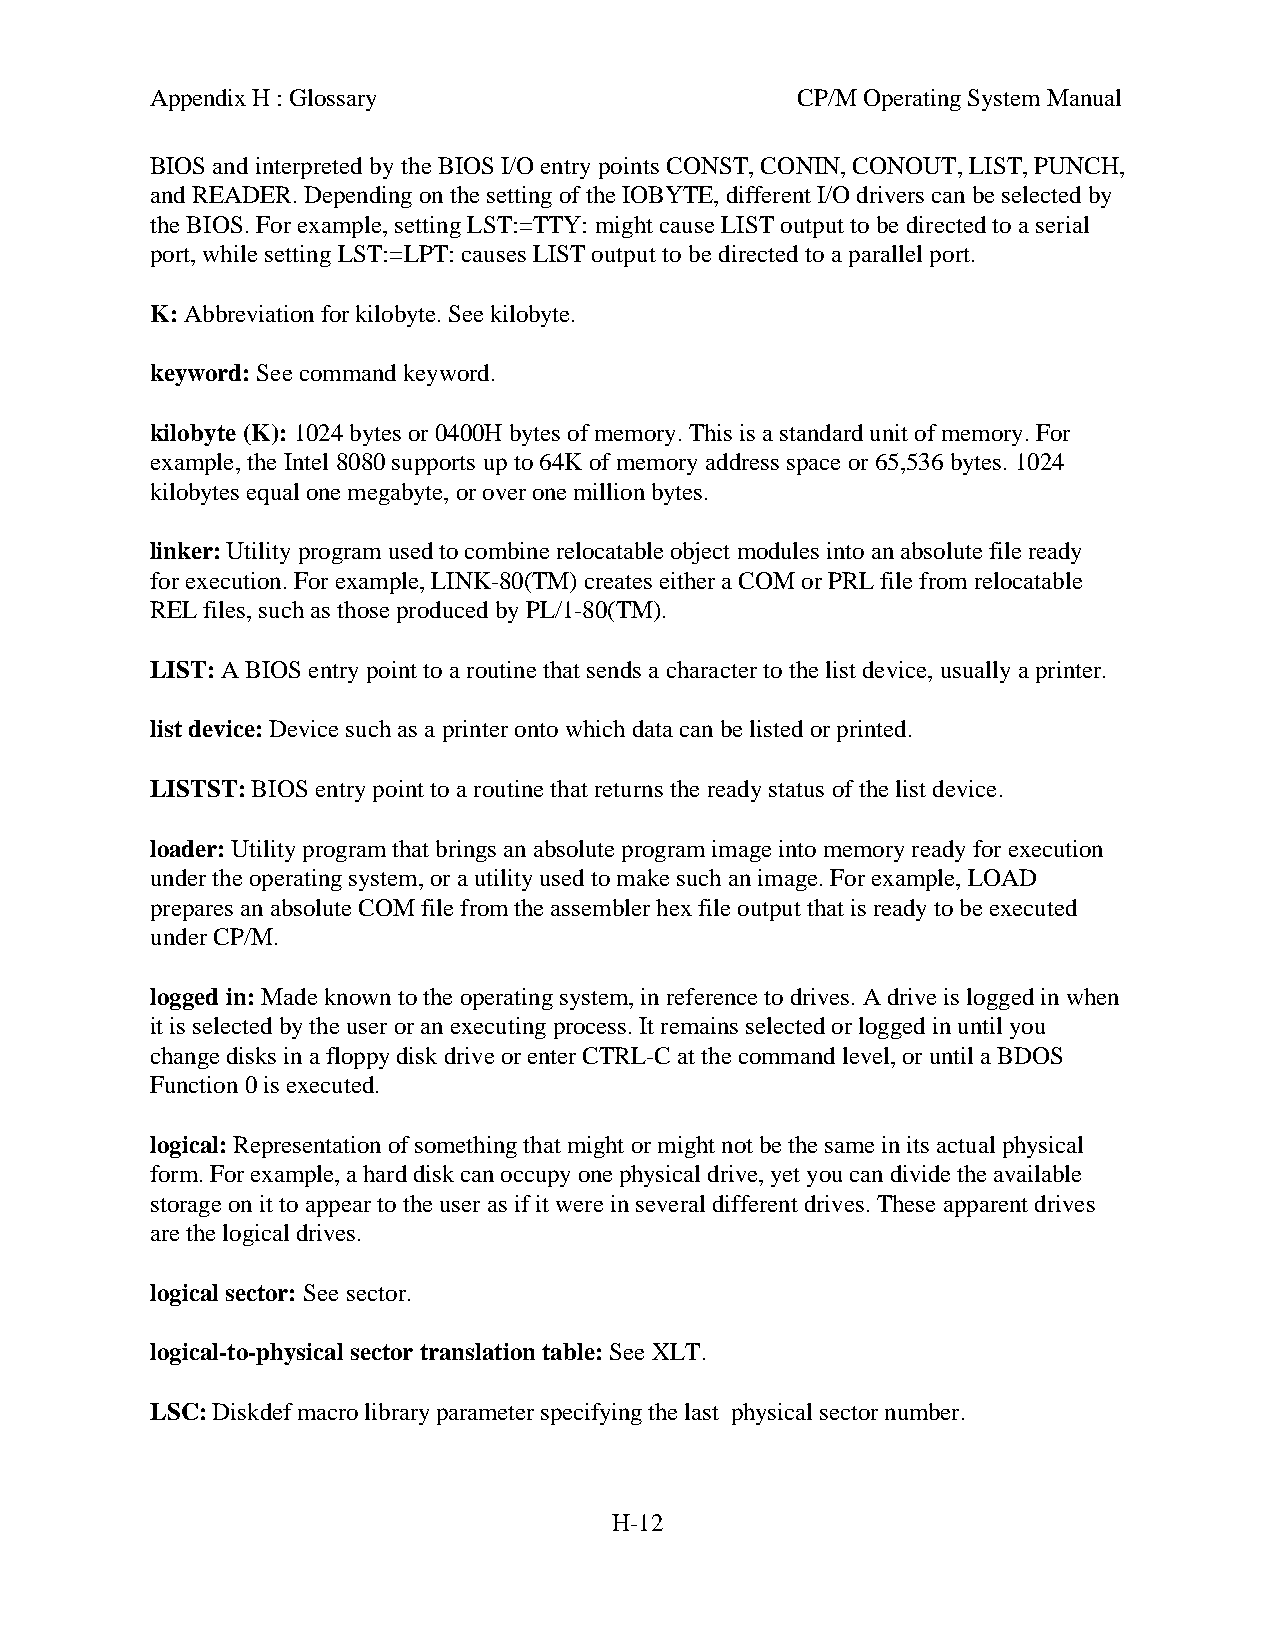
Appendix H : Glossary                      CP/M Operating System Manual
 BIOS and interpreted by the BIOS I/O entry points CONST, CONIN, CONOUT, LIST, PUNCH,
 and READER. Depending on the setting of the IOBYTE, different I/O drivers can be selected by
 the BIOS. For example, setting LST:=TTY: might cause LIST output to be directed to a serial
 port, while setting LST:=LPT: causes LIST output to be directed to a parallel port.
 K: Abbreviation for kilobyte. See kilobyte.
 keyword: See command keyword.
 kilobyte (K): 1024 bytes or 0400H bytes of memory. This is a standard unit of memory. For
 example, the Intel 8080 supports up to 64K of memory address space or 65,536 bytes. 1024
 kilobytes equal one megabyte, or over one million bytes.
 linker: Utility program used to combine relocatable object modules into an absolute file ready
 for execution. For example, LINK-80(TM) creates either a COM or PRL file from relocatable
 REL files, such as those produced by PL/1-80(TM).
 LIST: A BIOS entry point to a routine that sends a character to the list device, usually a printer.
 list device: Device such as a printer onto which data can be listed or printed.
 LISTST: BIOS entry point to a routine that returns the ready status of the list device.
 loader: Utility program that brings an absolute program image into memory ready for execution
 under the operating system, or a utility used to make such an image. For example, LOAD
 prepares an absolute COM file from the assembler hex file output that is ready to be executed
 under CP/M.
 logged in: Made known to the operating system, in reference to drives. A drive is logged in when
 it is selected by the user or an executing process. It remains selected or logged in until you
 change disks in a floppy disk drive or enter CTRL-C at the command level, or until a BDOS
 Function 0 is executed.
 logical: Representation of something that might or might not be the same in its actual physical
 form. For example, a hard disk can occupy one physical drive, yet you can divide the available
 storage on it to appear to the user as if it were in several different drives. These apparent drives
 are the logical drives.
 logical sector: See sector.
 logical-to-physical sector translation table: See XLT.
 LSC: Diskdef macro library parameter specifying the last physical sector number.
 H-12